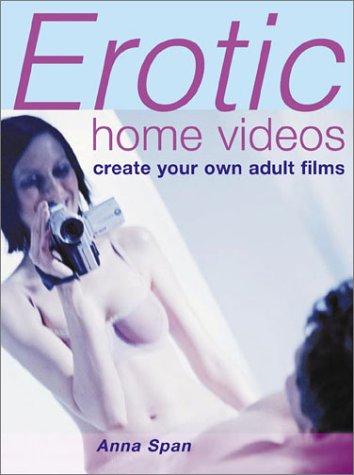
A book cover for Erotic Home Videos; Anna Span; Humor & Entertainment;